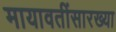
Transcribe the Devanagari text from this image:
मायावतींसारख्या